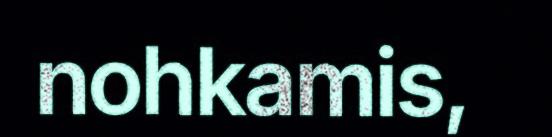
nohkamis,